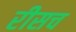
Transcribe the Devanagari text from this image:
रीसच